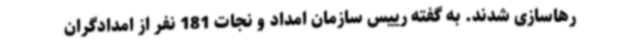
رهاسازی شدند. به گفته رییس سازمان امداد و نجات 181 نفر از امدادگران